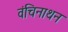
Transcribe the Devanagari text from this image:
वंचिनाथन